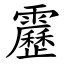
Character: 靂